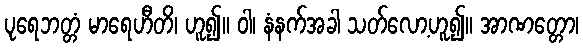
ပုရေဘတ္တံ မာရေဟီတိ၊ ဟူ၍။ ဝါ၊ နံနက်အခါ သတ်လော့ဟူ၍။ အာဏတ္တော၊